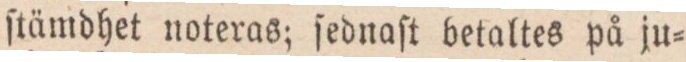
ſtämdhet noteras; ſednaſt betaltes på ju=